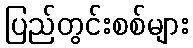
ပြည်တွင်းစစ်များ